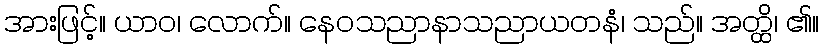
အားဖြင့်။ ယာဝ၊ လောက်။ နေဝသညာနာသညာယတနံ၊ သည်။ အတ္ထိ၊ ၏။